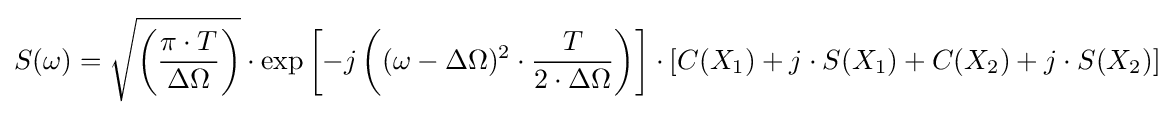
S(\omega )={\sqrt {\left({\frac {\pi \cdot T}{\Delta \Omega }}\right)}}\cdot \exp \left[-j\left((\omega -\Delta \Omega )^{2}\cdot {\frac {T}{2\cdot \Delta \Omega }}\right)\right]\cdot [C(X_{1})+j\cdot S(X_{1})+C(X_{2})+j\cdot S(X_{2})]